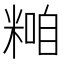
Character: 𥻢